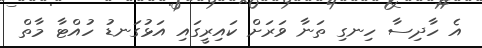
އެ ހާދިސާ ހިނގި ތަނާ ވަރަށް ކައިރީގައި އަޅުގަނޑު ހުއްޓާ މާތް